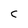
Character: c